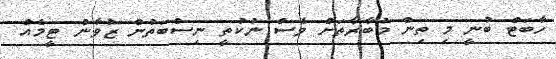
ހާބަޓް ބުނީ މި ތިން މުބާރާތަށް ވެސް ނުކުތީ ނިސްބަތުން ޒުވާން ޓީމެއް